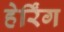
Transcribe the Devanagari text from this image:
हेर्रिंग